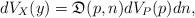
LaTeX: \begin{align*}dV_{X}(y)=\mathfrak{D}(p,n)dV_{P}(p)dn,\end{align*}